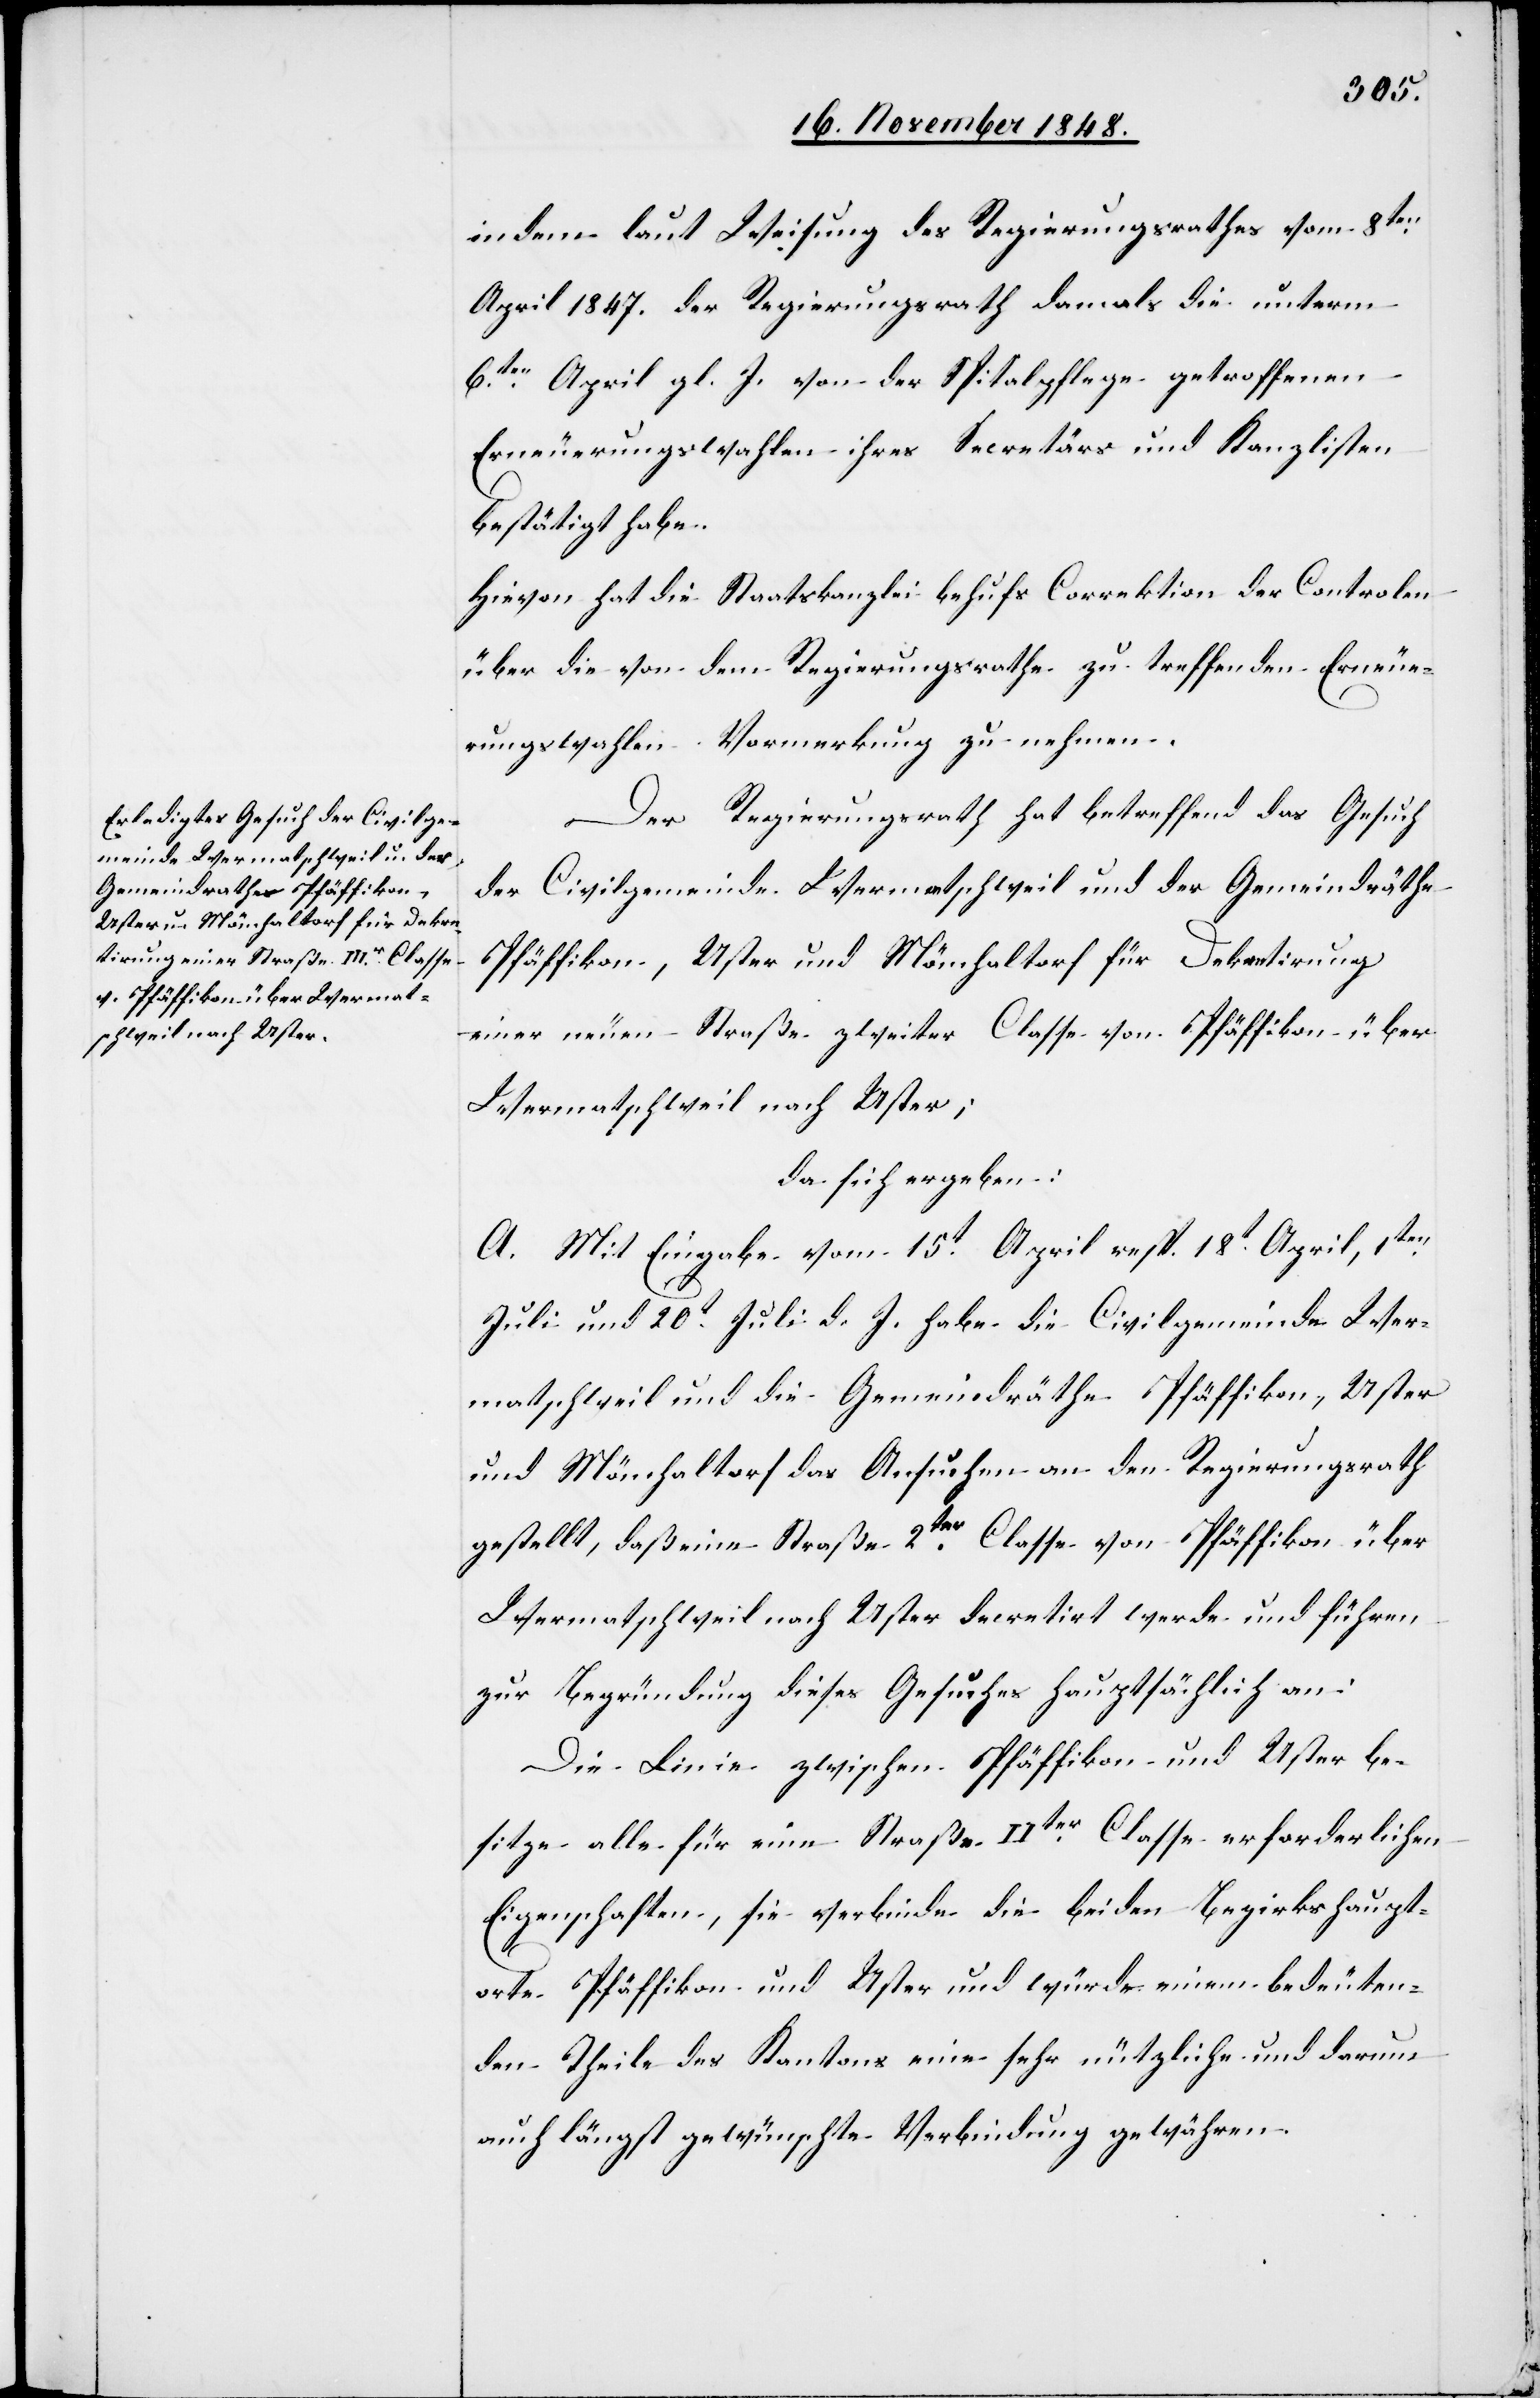
indem laut Weisung des Regierungsrathes vom 8ten
April 1847. der Regierungsrath damals die unterm
6ten April gl. J. von der Spitalpflege getroffenen
Erneuerungswahlen ihres Secretärs und Kanzlisten
bestätigt habe.
Hievon hat die Staatskanzlei behufs Correktion der Controlen
über die von dem Regierungsrathe zu treffenden Erneue¬
rungswahlen Vormerkung zu nehmen.
Der Regierungsrath hat betreffend das Gesuch
der Civilgemeinde Wermatschweil und der Gemeindräthe
Pfäffikon, Uster und Mönchaltorf für Dekretirung
einer neuen Straße zweiter Classe von Pfäffikon über
Wermatschweil nach Uster;
da sich ergeben:
A. Mit Eingabe vom 15t April resp. 18t April, 1ten
Juli und 20t Juli d. J. habe die Civilgemeinde Wer¬
matschweil und die Gemeindräthe Pfäffikon, Uster
und Mönchaltorf das Ansuchen an den Regierungsrath
gestellt, daß eine Straße 2ter Classe von Pfäffikon über
Wermatschweil nach Uster decretirt werde und führen
zur Begründung dieses Gesuches hauptsächlich an:
Die Linie zwischen Pfäffikon und Uster be¬
sitze alle für eine Straße IIter Classe erforderlichen
Eigenschaften, sie verbinde die beiden Bezirkshaupt¬
orte Pfäffikon und Uster und würde einem bedeuten¬
den Theile des Kantons eine sehr nützliche und darum
auch längst gewünschte Verbindung gewähren.